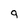
Character: 9